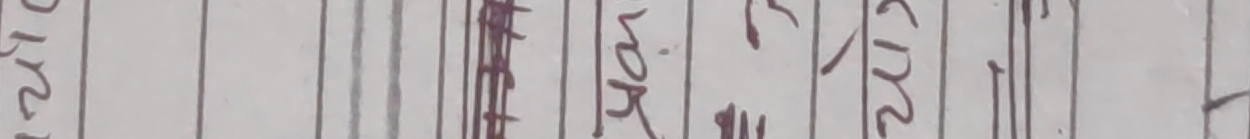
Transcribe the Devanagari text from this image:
तपाईंहरु